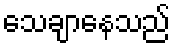
သေချာနေသည်